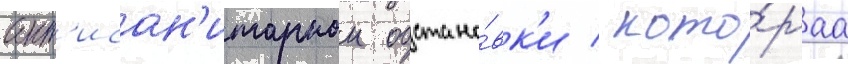
ант'исан'итарнои обстано́вк'и / кото́раа